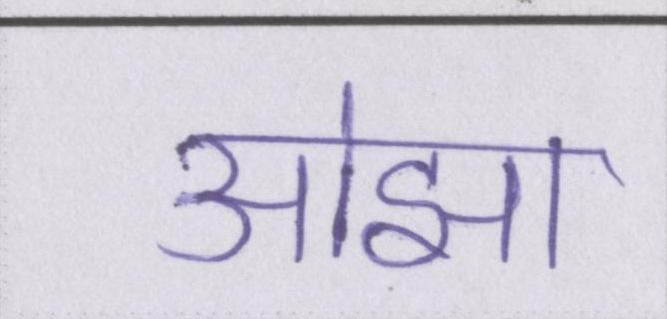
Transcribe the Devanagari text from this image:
ओझा